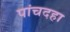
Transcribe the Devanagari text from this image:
पांचदहा